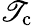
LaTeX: \mathscr{T}_{\mathrm{{c}}}